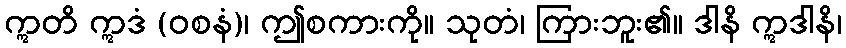
ဣတိ ဣဒံ (ဝစနံ)၊ ဤစကားကို။ သုတံ၊ ကြားဘူး၏။ ဒါနိ ဣဒါနိ၊